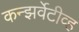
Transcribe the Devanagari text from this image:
कन्झर्वेटीव्ह